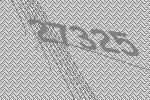
27325